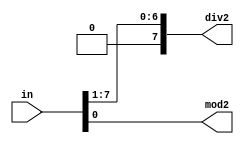
`ifndef __DIVMOD2__
 `define __DIVMOD2__

module divmod2(in, div2, mod2);
   parameter WIRE = 8;

   input [WIRE-1:0] in;

   output [WIRE-1:0] div2;
   output 	     mod2;

   genvar 	     cpt;
   
   assign mod2 = in[0];
   assign div2[WIRE-1] = 0;

   generate
      for (cpt = 0 ; cpt < WIRE-1 ; cpt = cpt + 1)
	assign div2[cpt] = in[cpt+1];
   endgenerate
endmodule

`endif